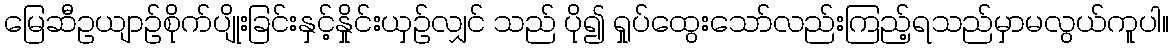
မြေဆီဥယျာဉ်စိုက်ပျိုးခြင်းနှင့်နှိုင်းယှဉ်လျှင် သည် ပို၍ ရှုပ်ထွေးသော်လည်းကြည့်ရသည်မှာမလွယ်ကူပါ။